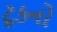
ટૂકનો